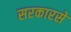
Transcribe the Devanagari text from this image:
सरकारसे